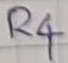
Text: R4